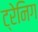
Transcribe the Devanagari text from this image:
ट्रेनिग